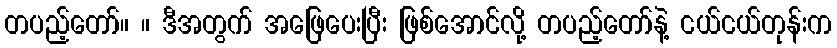
တပည့်တော်။ ။ ဒီအတွက် အဖြေပေးပြီး ဖြစ်အောင်လို့ တပည့်တော်နဲ့ ငယ်ငယ်တုန်းက